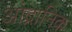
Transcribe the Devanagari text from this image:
आंद्रानिक